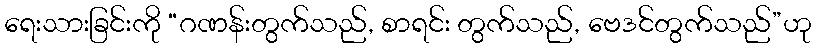
ရေးသားခြင်းကို “ဂဏန်းတွက်သည်, စာရင်း တွက်သည်, ဗေဒင်တွက်သည်”ဟု